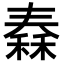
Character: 𥠼